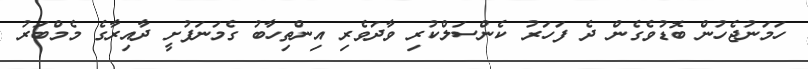
ހަމަނުޖެހުން ބޮޑުވެގެން ދެ ފަހަރު ކެންސަލްކުރި ވާދަވެރި އިންތިހާބު ގެމަނަފުށީ ދާއިރާގެ މެމްބަރު